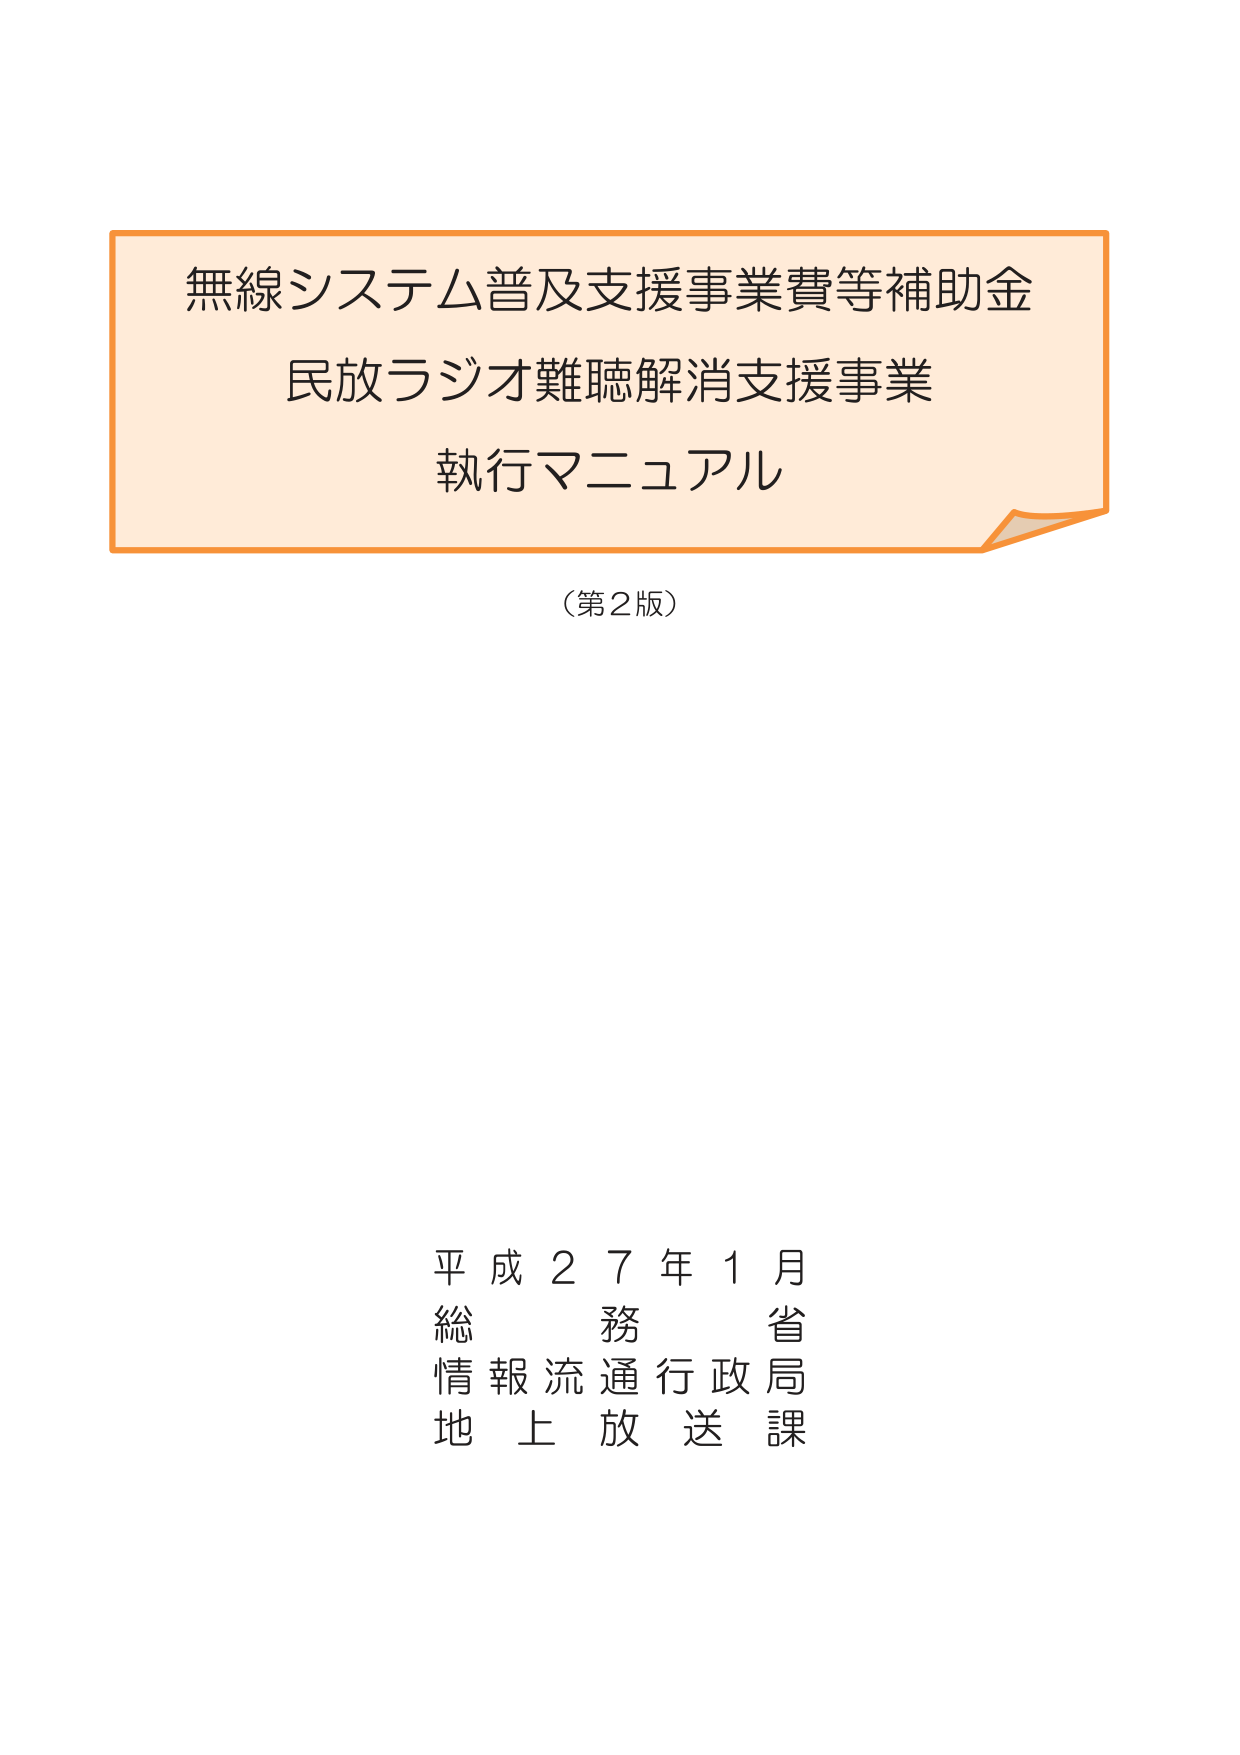
無線システム普及支援事業費等補助金
民放ラジオ難聴解消支援事業
執行マニュアル

（第2版）

平成27年1月
総務省
情報流通行政局
地上放送課